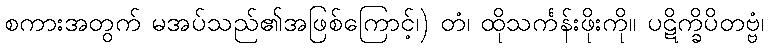
စကားအတွက် မအပ်သည်၏အဖြစ်ကြောင့်၊) တံ၊ ထိုသင်္ကန်းဖိုးကို။ ပဋိက္ခိပိတဗ္ဗံ၊